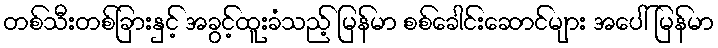
တစ်သီးတစ်ခြားနှင့် အခွင့်ထူးခံသည့် မြန်မာ စစ်ခေါင်းဆောင်များ အပေါ် မြန်မာ